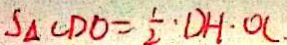
S _ { \Delta } C D O = \frac { 1 } { 2 } \cdot D H \cdot O C .